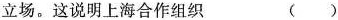
立场。这说明上海合作组织 ( )